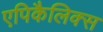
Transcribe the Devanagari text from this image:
एपिकैलिक्स